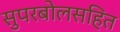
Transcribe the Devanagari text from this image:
सुपरबोलसहित